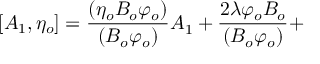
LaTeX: \lbrack A _ { 1 } , \eta _ { o } ] = \frac { ( \eta _ { o } B _ { o } \varphi _ { o } ) } { ( B _ { o } \varphi _ { o } ) } A _ { 1 } ^ { { } } + \frac { 2 \lambda \varphi _ { o } B _ { o } } { ( B _ { o } \varphi _ { o } ) } +